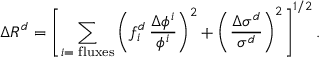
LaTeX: \Delta R ^ { d } = \left[ \sum _ { i = \mathrm { { \scriptsize ~ f l u x e s } } } \left( f _ { i } ^ { d } \, \frac { \Delta \phi ^ { i } } { \phi ^ { i } } \right) ^ { 2 } + \left( \frac { \Delta \sigma ^ { d } } { \sigma ^ { d } } \right) ^ { 2 } \right] ^ { 1 / 2 } .